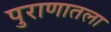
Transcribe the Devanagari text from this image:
पुराणातला